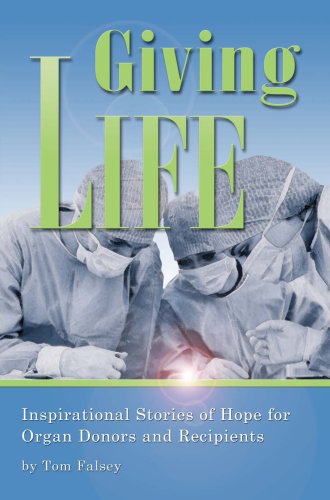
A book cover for Giving Life, Inspirational Stories of Hope for Organ Donors and Recipients; Tom Falsey; Health, Fitness & Dieting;